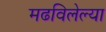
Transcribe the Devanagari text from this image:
मढविलेल्या